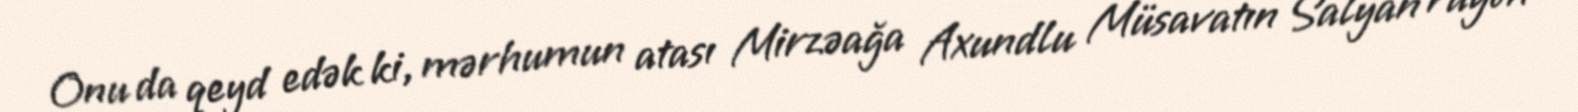
Onu da qeyd edək ki, mərhumun atası Mirzəağa Axundlu Müsavatın Salyan rayon